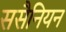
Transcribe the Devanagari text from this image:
ससैनियन